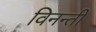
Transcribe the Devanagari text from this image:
विनन्ती